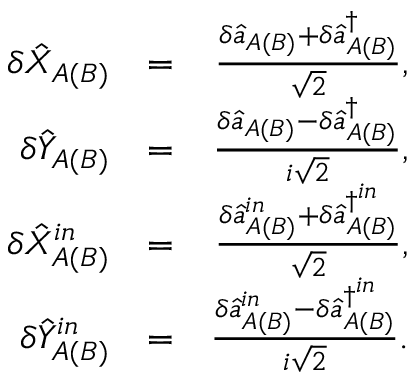
\begin{array} { r l r } { \delta \hat { X } _ { A ( B ) } } & { = } & { \frac { \delta \hat { a } _ { A ( B ) } + \delta \hat { a } _ { A ( B ) } ^ { \dagger } } { \sqrt { 2 } } , } \\ { \delta \hat { Y } _ { A ( B ) } } & { = } & { \frac { \delta \hat { a } _ { A ( B ) } - \delta \hat { a } _ { A ( B ) } ^ { \dagger } } { i \sqrt { 2 } } , } \\ { \delta \hat { X } _ { A ( B ) } ^ { i n } } & { = } & { \frac { \delta \hat { a } _ { A ( B ) } ^ { i n } + \delta \hat { a } _ { A ( B ) } ^ { \dagger ^ { i n } } } { \sqrt { 2 } } , } \\ { \delta \hat { Y } _ { A ( B ) } ^ { i n } } & { = } & { \frac { \delta \hat { a } _ { A ( B ) } ^ { i n } - \delta \hat { a } _ { A ( B ) } ^ { \dagger ^ { i n } } } { i \sqrt { 2 } } . } \end{array}